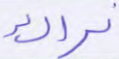
نراك